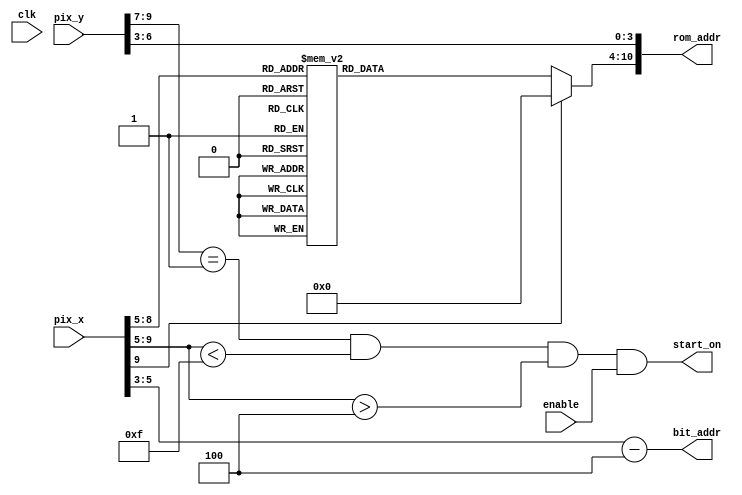
`timescale 1ns / 1ps

module start(
input wire clk, enable,
input wire [9:0] pix_x, pix_y,
output wire start_on,
output wire [2:0] bit_addr,
output wire [10:0] rom_addr);


wire [3:0] row_addr;
reg [6:0] char_addr;

assign row_addr = pix_y [6:3];
//each char is 64 pixel in x direction, full screen can have 10 chars
//to put the text in the middle, I have 2.5 chars spcae on each side
//I need to shift the bit_addr
assign bit_addr = pix_x [5:3]-3'd4; 
assign rom_addr = {char_addr, row_addr};
assign start_on = (pix_y [9: 7] ==1) && (pix_x [9: 5] <15)
                     && (pix_x [9: 5] >4) && enable;
 
always @*
case (pix_x [9:5])
5'h5,5'h6: char_addr = 7'h53; // S
5'h7,5'h8: char_addr = 7'h54; // T
5'h9,5'ha: char_addr = 7'h41; // A
5'hb,5'hc: char_addr = 7'h52; // R
5'hd,5'he: char_addr = 7'h54; // T
default: char_addr = 7'h00; // 
endcase

endmodule